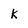
Character: k